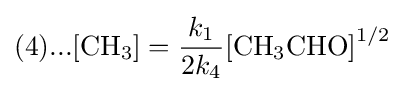
(4)...{\ce {[CH3]}}={\frac {k_{1}}{2k_{4}}}{\ce {[CH3CHO]}}^{1/2}